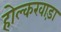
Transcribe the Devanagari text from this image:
होल्करवाड़ा